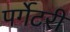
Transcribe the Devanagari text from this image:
पर्गेटरी